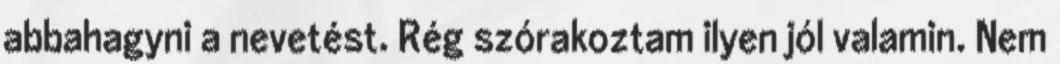
abbahagyni a nevetést. Rég szórakoztam ilyen jól valamin. Nem